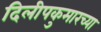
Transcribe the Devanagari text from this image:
दिलीपकुमारच्या